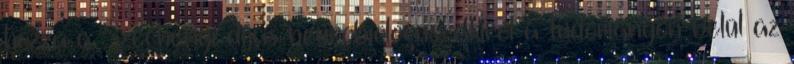
hozzá a Széchenyi-díjas neurobiológus, akiről a tudományon belül az